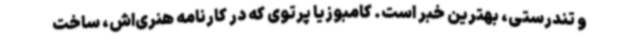
و تندرستی، بهترین خبر است. کامبوزیا پرتوی که در کارنامه هنری‌اش، ساخت